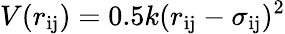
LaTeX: V(r_{\mathrm{ij}})=0.5k(r_{\mathrm{ij}}-\sigma_{\mathrm{ij}})^{2}